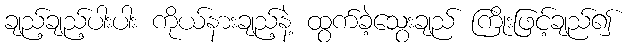
ချည့်ချည့်ပါးပါး ကိုယ်နားချည့်နဲ့ ထွက်ခဲ့သွေးချည် ကြိုးဖြင့်ချည်၍